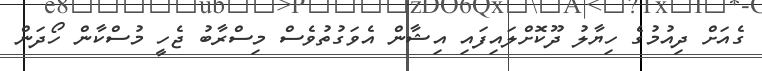
ގެއަށް ދިއުމުގެ ހިޔާލު ދޫކޮށްލައިފައި އިޝާން އެވަގުތުވެސް މިސްރާބު ޖެހީ މުސްކާން ހޯދަން